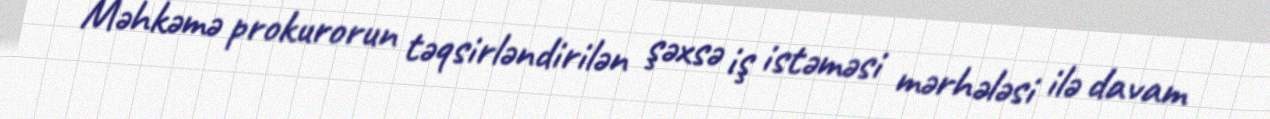
Məhkəmə prokurorun təqsirləndirilən şəxsə iş istəməsi mərhələsi ilə davam